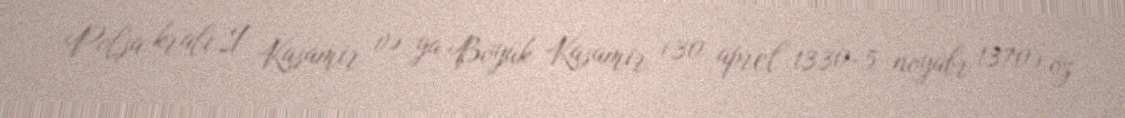
Polşa kralı I Kasamir və ya Böyük Kasamir (30 aprel 1330-5 noyabr 1370) öz